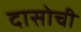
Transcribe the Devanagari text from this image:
दासोची